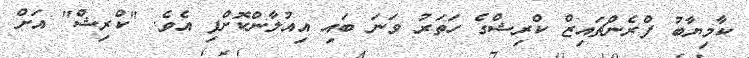
ކާމިޔާބު ފްރެންޗައިޒް ކްރިޝްގެ ހަތަރު ވަނަ ބައި އިއުލާންކޮށްފި އެވެ. "ކްރިޝް" އަށް